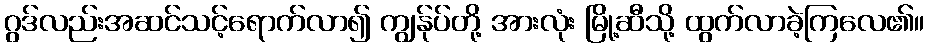
ဂွဒ်လည်းအဆင်သင့်ရောက်လာ၍ ကျွန်ုပ်တို့ အားလုံး မြို့ဆီသို့ ထွက်လာခဲ့ကြလေ၏။